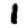
Digit: 1